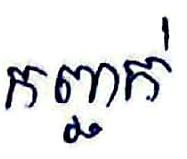
កញ្ចក់